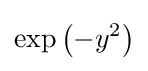
\exp \left(-y^{2}\right)